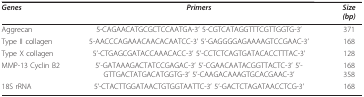
| Genes | Primers | Size (bp) |
 | --- | --- | --- |
 | Aggrecan | 5-CAGAACATGCGCTCCAATGA-3' 5-CGTCATAGGTTTCGTTGGTG-3' | 371 |
 | Type II collagen | 5-AACCCAGAAACAACACAATCC-3' 5'-GAGGGGAGAAAAGTCCGAAC-3' | 168 |
 | Type X collagen | 5'-CTGAGCGATACCAAACACC-3' 5'-CCTCTCAGTGATACACCTTTAC-3' | 128 |
 | MMP-13 Cyclin B2 | 5'-GATAAAGACTATCCGAGAC-3' 5'-CGAACAATACGGTTACTC-3' 5'-GTTGACTATGACATGGTG-3' 5'-CAAGACAAAGTGCACGAAC-3' | 168 358 |
 | 18S rRNA | 5'-CTACTTGGATAACTGTGGTAATTC-3' 5'-GACTCTAGATAACCTCG-3' | 168 |